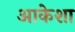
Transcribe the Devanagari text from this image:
आकेशा